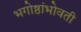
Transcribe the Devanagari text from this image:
भगोष्ठांभोवती